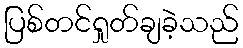
ပြစ်တင်ရှုတ်ချခဲ့သည်